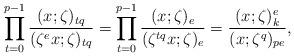
LaTeX: \begin{align*} \prod_{t=0}^{p-1} \frac{(x;\zeta)_{tq}}{(\zeta^e x;\zeta)_{tq}} = \prod_{t=0}^{p-1} \frac{(x;\zeta)_{e}}{(\zeta^{tq} x;\zeta)_{e}} = \frac{(x; \zeta)_k^e}{(x; \zeta^q)_{pe}},\end{align*}